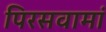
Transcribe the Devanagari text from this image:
पिरसवामां